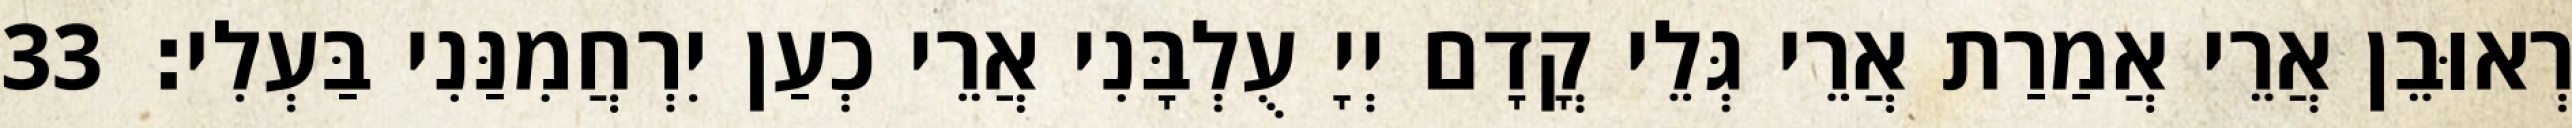
רְאוּבֵן אֲרֵי אֲמַרַת אֲרֵי גְּלֵי קֳדָם יְיָ עֻלְבָּנִי אֲרֵי כְעַן יִרְחֲמִנַּנִי בַּעְלִי׃ 33